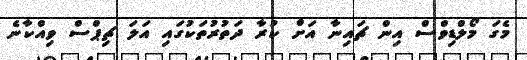
މެގަ މޯލްޑިވްސް އިން ޗައިނާ އަށް ކުރާ ދަތުރުތަކުގައި އަލަ ޗިޕްސް ވިއްކާނެ